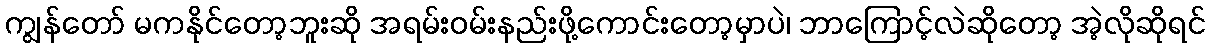
ကျွန်တော် မကနိုင်တော့ဘူးဆို အရမ်းဝမ်းနည်းဖို့ကောင်းတော့မှာပဲ၊ ဘာကြောင့်လဲဆိုတော့ အဲ့လိုဆိုရင်